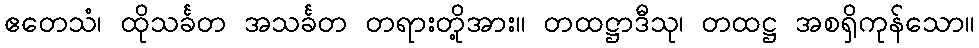
ဧတေသံ၊ ထိုသင်္ခတ အသင်္ခတ တရားတို့အား။ တထဋ္ဌာဒီသု၊ တထဋ္ဌ အစရှိကုန်သော။